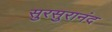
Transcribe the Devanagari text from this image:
सुरसुरानंद